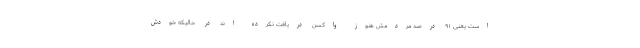
است یعنی ۹۱ درصد مردمش هنوز واکسن دریافت نکرده اند در حالیکه خودش